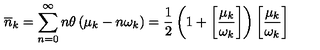
\overline { { n } } _ { k } = \sum _ { n = 0 } ^ { \infty } n \theta \left( \mu _ { k } - n \omega _ { k } \right) = \frac { 1 } { 2 } \left( 1 + \left[ \frac { \mu _ { k } } { \omega _ { k } } \right] \right) \left[ \frac { \mu _ { k } } { \omega _ { k } } \right] \,